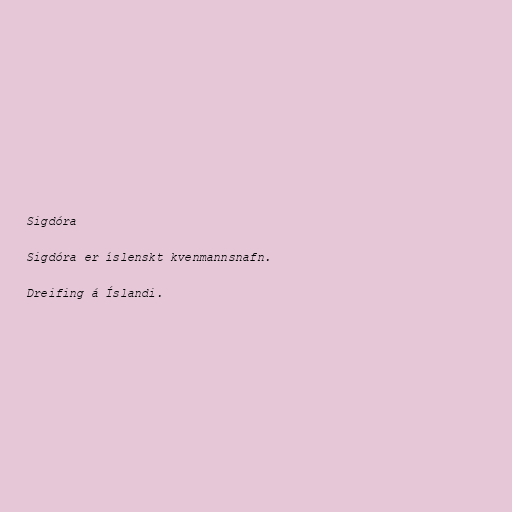
Sigdóra

Sigdóra er íslenskt kvenmannsnafn.

Dreifing á Íslandi.